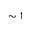
\sim 1